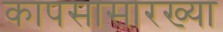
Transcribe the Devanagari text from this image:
कापसासारख्या